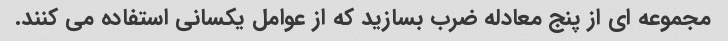
مجموعه ای از پنج معادله ضرب بسازید که از عوامل یکسانی استفاده می کنند.